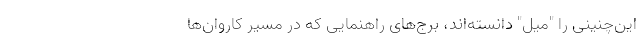
این‌چنینی را "میل" دانسته‌اند، برج‌های راهنمایی که در مسیر کاروان‌ها